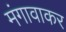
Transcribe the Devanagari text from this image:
मंगावाकर